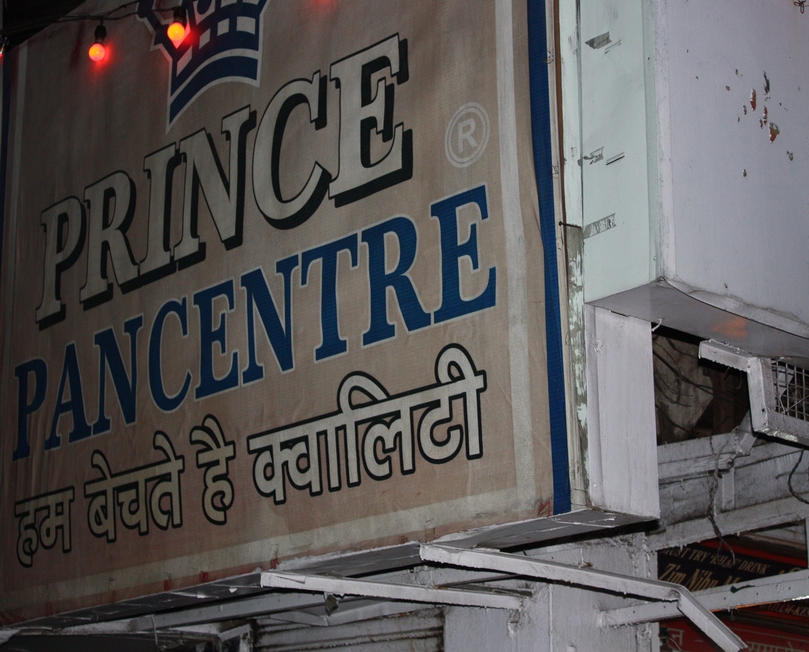
Language: hindi
Transcription: बेचते हम क्वालिटी है